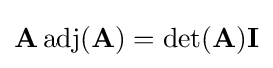
\mathbf {A} \operatorname {adj} (\mathbf {A} )=\det(\mathbf {A} )\mathbf {I}